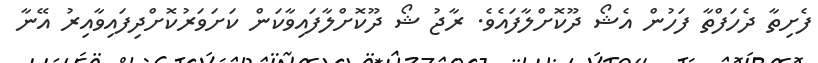
ފެށިތާ ދެހަފްތާ ފަހުން އެޝޯ ދޫކޮށްލާފައެވެ. ރާޖު ޝޯ ދޫކޮށްލާފައިވާކަން ކަށަވަރުކޮށްދިފައިވާއިރު އޭނާ